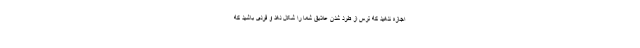
اجازه ندهید که ترس از طرد شدن علایق شما را شکل دهد و فردی باشید که